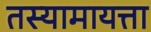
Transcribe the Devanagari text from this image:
तस्यामायत्ता